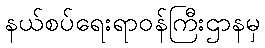
နယ်စပ်ရေးရာဝန်ကြီးဌာနမှ